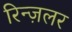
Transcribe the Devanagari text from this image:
रिन्ज़लर